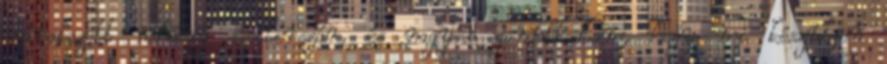
várakozott néhány szellerszár, és nagyon gondolkodtam, hogy mi készüljön